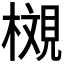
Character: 𪳩